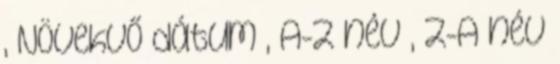
, Növekvő dátum , A-Z név , Z-A név